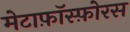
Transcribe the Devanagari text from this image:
मेटाफ़ॉस्फ़ोरस